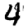
Digit: 4